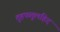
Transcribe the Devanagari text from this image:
तुहफतुलहिद